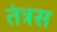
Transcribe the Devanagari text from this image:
तंत्रस